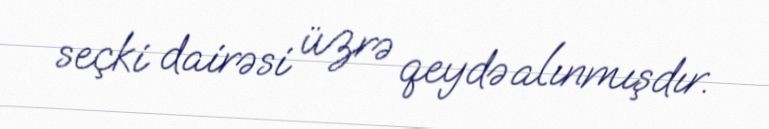
seçki dairəsi üzrə qeydə alınmışdır.